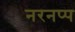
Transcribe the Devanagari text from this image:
नरनप्प